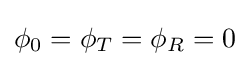
\phi _{0}=\phi _{T}=\phi _{R}=0